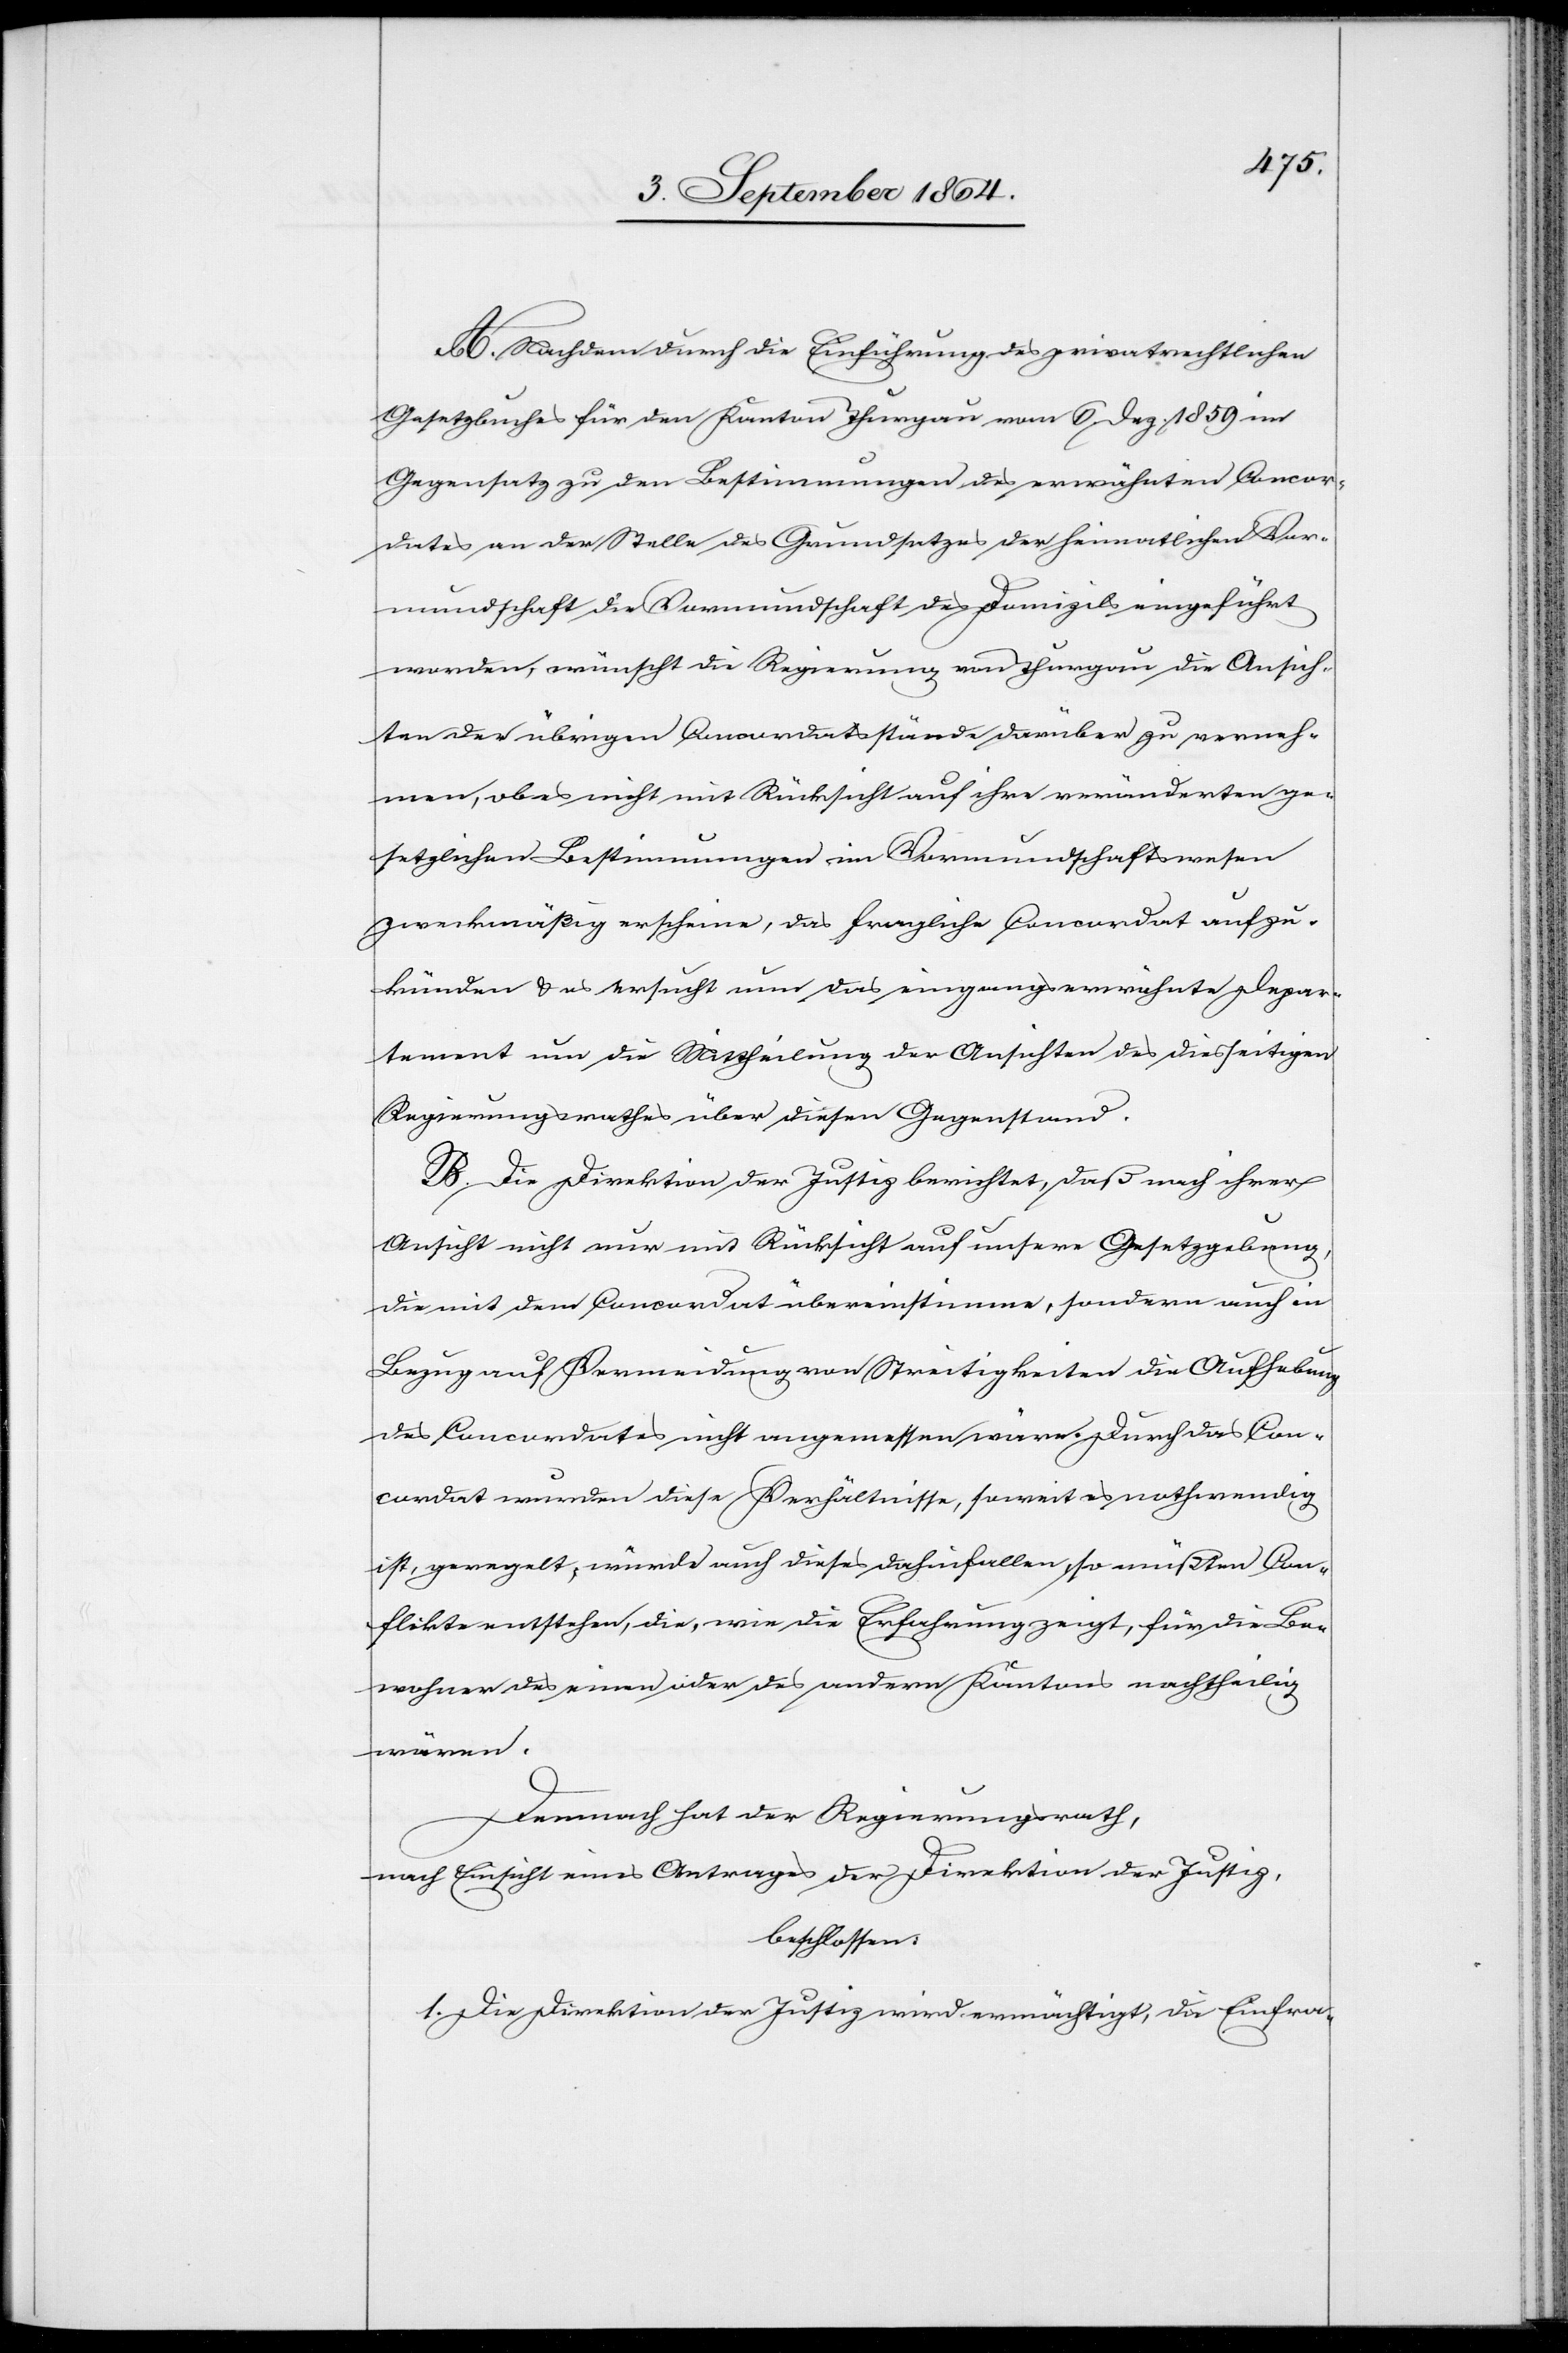
A. Nachdem durch die Einführung des privatrechtlichen
Gesetzbuches für den Kanton Thurgau vom 6. Dez. 1859 im
Gegensatz zu den Bestimmungen des erwähnten Concor¬
dates an der Stelle des Grundsatzes der heimatlichen Vor¬
mundschaft die Vormundschaft des Domizils eingeführt
worden, wünscht die Regierung von Thurgau die Ansich¬
ten der übrigen Concordatsstände darüber zu verneh¬
men, ob es nicht mit Rücksicht auf ihre veränderten ge¬
setzlichen Bestimmungen im Vormundschaftswesen
zweckmäßig erscheine, das fragliche Concordat aufzu¬
künden & es ersucht nun das eingangserwähnte Depar¬
tement um die Mittheilung der Ansichten des diesseitigen
Regierungsrathes über diesen Gegenstand.
B. Die Direktion der Justiz berichtet, daß nach ihrer
Ansicht nicht nur mit Rücksicht auf unsere Gesetzgebung,
die mit dem Concordat übereinstimme, sondern auch in
Bezug auf Vermeidung von Streitigkeiten die Aufhebung
des Conconrdates nicht angemessen wäre. Durch das Con¬
cordat wurden diese Verhältnisse, soweit es nothwendig
ist, geregelt; würde auch dieses dahinfallen, so müßten Con¬
flikte entstehen, die, wie die Erfahrung zeigt, für die Be¬
wohner des einen oder des andern Kantons nachtheilig
wären.
Demnach hat der Regierungsrath,
nach Einsicht eines Antrages der Direktion der Justiz,
beschlossen:
1. Die Direktion der Justiz wird ermächtigt, die Einfra-